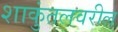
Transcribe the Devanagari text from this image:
शाकुंतलवरील